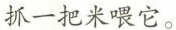
抓一把米喂它。